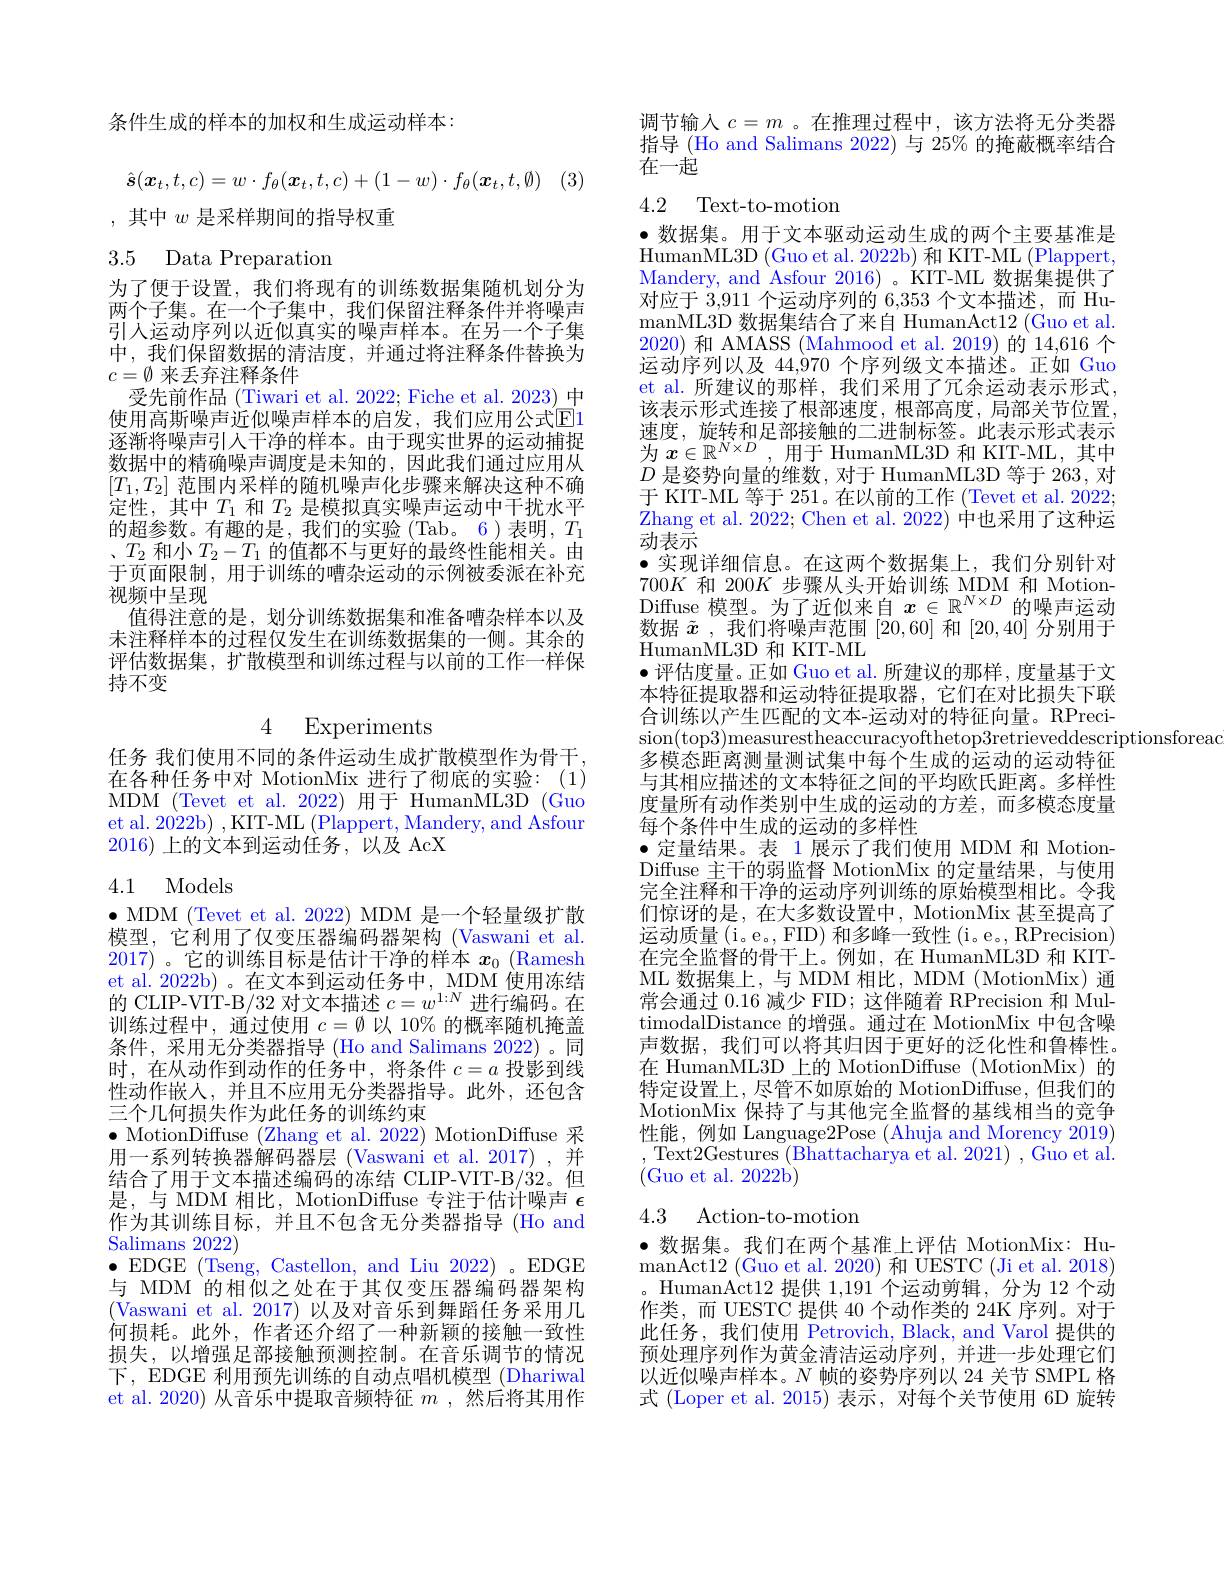
条件生成的样本的加权和生成运动样本：
$$\hat{s}(\boldsymbol{x}_t,t,c)=w\cdot f_\theta(\boldsymbol{x}_t,t,c)+(1-w)\cdot f_\theta(\boldsymbol{x}_t,t,\emptyset)$$
,其中$w$是采样期间的指导权重

3.5 Data Preparation

为了便于设置，我们将现有的训练数据集随机划分为两个子集。在一个子集中，我们保留注释条件并将噪声引人运动序列以近似真实的噪声样本。在另一个子集中，我们保留数据的清洁度，并通过将注释条件替换为$c=\emptyset$来丢弃注释条件

受先前作品 (Tiwari et al. 2022; Fiche et al. 2023) 中

使用高斯噪声近似噪声样本的启发，我们应用公式E1逐渐将噪声引人干净的样本。由于现实世界的运动捕捉数据中的精确噪声调度是未知的，因此我们通过应用从$[T_1,T_2]$范围内采样的随机噪声化步骤来解决这种不确定性，其中$T_1$和$T_2$是模拟真实噪声运动中干扰水平的超参数。有趣的是，我们的实验(Tab。6)表明，$T_1$ 、$T_2$和小$T_2-T_1$的值都不与更好的最终性能相关。由于页面限制，用于训练的嘈杂运动的示例被委派在补充视频中呈现
值得注意的是，划分训练数据集和准备嘈杂样本以及未注释样本的过程仅发生在训练数据集的一侧。其余的评估数据集，扩散模型和训练过程与以前的工作一样保持不变

4 Experiments

任务 我们使用不同的条件运动生成扩散模型作为骨干， 在各种任务中对 MotionMix 进行了彻底的实验：(1) MDM (Tevet et al. 2022) 用于 HumanML3D (Guo et al. 2022b) , KIT-ML (Plappert, Mandery, and Asfour 2016)上的文本到运动任务，以及 AcX

## 4.1 Models

$\bullet$ MDM (Tevet et al. 2022) MDM 是一个轻量级扩散模型，它利用了仅变压器编码器架构 (Vaswani et al. 2017)。它的训练目标是估计干净的样本$x_0$ (Ramesh et al. 2022b) 。在文本到运动任务中，MDM 使用冻结的 CLIP-VIT-B/32 对文本描述$c=w^1:N$进行编码。在训练过程中，通过使用$c=\emptyset$以 10% 的概率随机掩盖条件，采用无分类器指导 (Ho and Salimans 2022)。同时，在从动作到动作的任务中，将条件$c=a$投影到线性动作嵌人，并且不应用无分类器指导。此外，还包含三个几何损失作为此任务的训练约束
$\bullet$MotionDiffuse (Zhang et al. 2022) MotionDiffuse 采用一系列转换器解码器层(Vaswani et al.2017),并结合了用于文本描述编码的冻结 CLIP-VIT-B/32。但是，与 MDM 相比，MotionDiffuse 专注于估计噪声$\epsilon$ 作为其训练目标，并且不包含无分类器指导(Ho and Salimans 2022)
$\bullet$EDGE (Tseng, Castellon, and Liu 2022)。EDGE 与 MDM 的相似之处在于其仅变压器编码器架构(Vaswani et al. 2017) 以及对音乐到舞蹈任务采用几何损耗。此外，作者还介绍了一种新颖的接触一致性损失，以增强足部接触预测控制。在音乐调节的情况下，EDGE 利用预先训练的自动点唱机模型 (Dhariwal et al. 2020) 从音乐中提取音频特征$m$ ,然后将其用作

调节输入$c=m$ 。在推理过程中，该方法将无分类器指导 (Ho and Salimans 2022) 与 25% 的掩蔽概率结合在一起

4.2 Text-to-motion

· 数据集。用于文本驱动运动生成的两个主要基准是HumanML3D (Guo et al. 2022b) 和 KIT-ML (Plappert, Mandery, and Asfour 2016) 。KIT-ML 数据集提供了对应于 3,911 个运动序列的 6,353 个文本描述，而 HumanML3D 数据集结合了来自 HumanAct12 (Guo et al. 2020)和 AMASS (Mahmood et al. 2019)的 14,616 个运动序列以及 44,970 个序列级文本描述。正如 Guo et al. 所建议的那样，我们采用了冗余运动表示形式， 该表示形式连接了根部速度，根部高度，局部关节位置， 速度，旋转和足部接触的二进制标签。此表示形式表示$\begin{array}{l}\text{应仅，佩权作处即及瓜门一边间内亚。此仅们}\\\text{为 }x\in\mathbb{R}^{N\times D},\text{用于 HumanML3D 和 KIT-ML, 其中}\end{array}$ $D$是姿势向量的维数，对于 HumanML3D 等于 263, 对于 KIT-ML 等于 251。在以前的工作 (Tevet et al. 2022; Zhang et al. 2022; Chen et al. 2022) 中也采用了这种运动表示
·实现详细信息。在这两个数据集上，我们分别针对$700K$和 200$K$步骤从头开始训练 MDM 和 MotionDiffuse 模型。为了近似来自$x\in\mathbb{R}^N\times D$的噪声运动数据$\tilde{x}$ ,我们将噪声范围[20,60]和[20,40]分别用于HumanML3D 和 KIT-ML
$\bullet$评估度量。正如 Guo et al. 所建议的那样，度量基于文本特征提取器和运动特征提取器，它们在对比损失下联合训练以产生匹配的文本-运动对的特征向量。RPrecision(top3)measurestheaccuracyofthetop3retrieveddescriptionsforeao
多模态距离测量测试集中每个生成的运动的运动特征与其相应描述的文本特征之间的平均欧氏距离。多样性度量所有动作类别中生成的运动的方差，而多模态度量每个条件中生成的运动的多样性
·定量结果。表 1 展示了我们使用 MDM 和 MotionDiffuse 主干的弱监督 MotionMix 的定量结果，与使用完全注释和干净的运动序列训练的原始模型相比。令我们惊讶的是，在大多数设置中，MotionMix 甚至提高了运动质量(i。e。, FID) 和多峰一致性(i。e。, RPrecision) 在完全监督的骨干上。例如，在 HumanML3D 和 KITML 数据集上，与 MDM 相比，MDM ( Motion$\dot{\mathrm{Mix}})$通常会通过0.16减少 FID; 这伴随着 RPrecision 和 MultimodalDistance 的增强。通过在 MotionMix 中包含噪声数据，我们可以将其归因于更好的泛化性和鲁棒性。在 HumanML3D 上的 MotionDiffuse (MotionMix) 的特定设置上，尽管不如原始的 MotionDiffuse,但我们的MotionMix 保持了与其他完全监督的基线相当的竞争性能，例如 Language2Pose (Ahuja and Morency 2019) , Text2Gestures $(\bar{\text{Bhattacharya et al. 2021) }}$, Guo et al. (Guo et al. 2022b)
4.3 Action-to-motion

·数据集。我们在两个基准上评估 MotionMix: HumanAct12 ( Guo et al. 2020) 和 UESTC (Ji et al. 2018)
HumanAct12 提供1，191个运动剪辑，分为 12 个动作类，而 UESTC 提供 40 个动作类的 24K 序列。对于此任务，我们使用 Petrovich, Black, and Varol 提供的预处理序列作为黄金清洁运动序列，并进一步处理它们以近似噪声样本。$N$帧的姿势序列以 24 关节 SMPL 格式 (Loper et al. 2015) 表示，对每个关节使用 6D 旋转